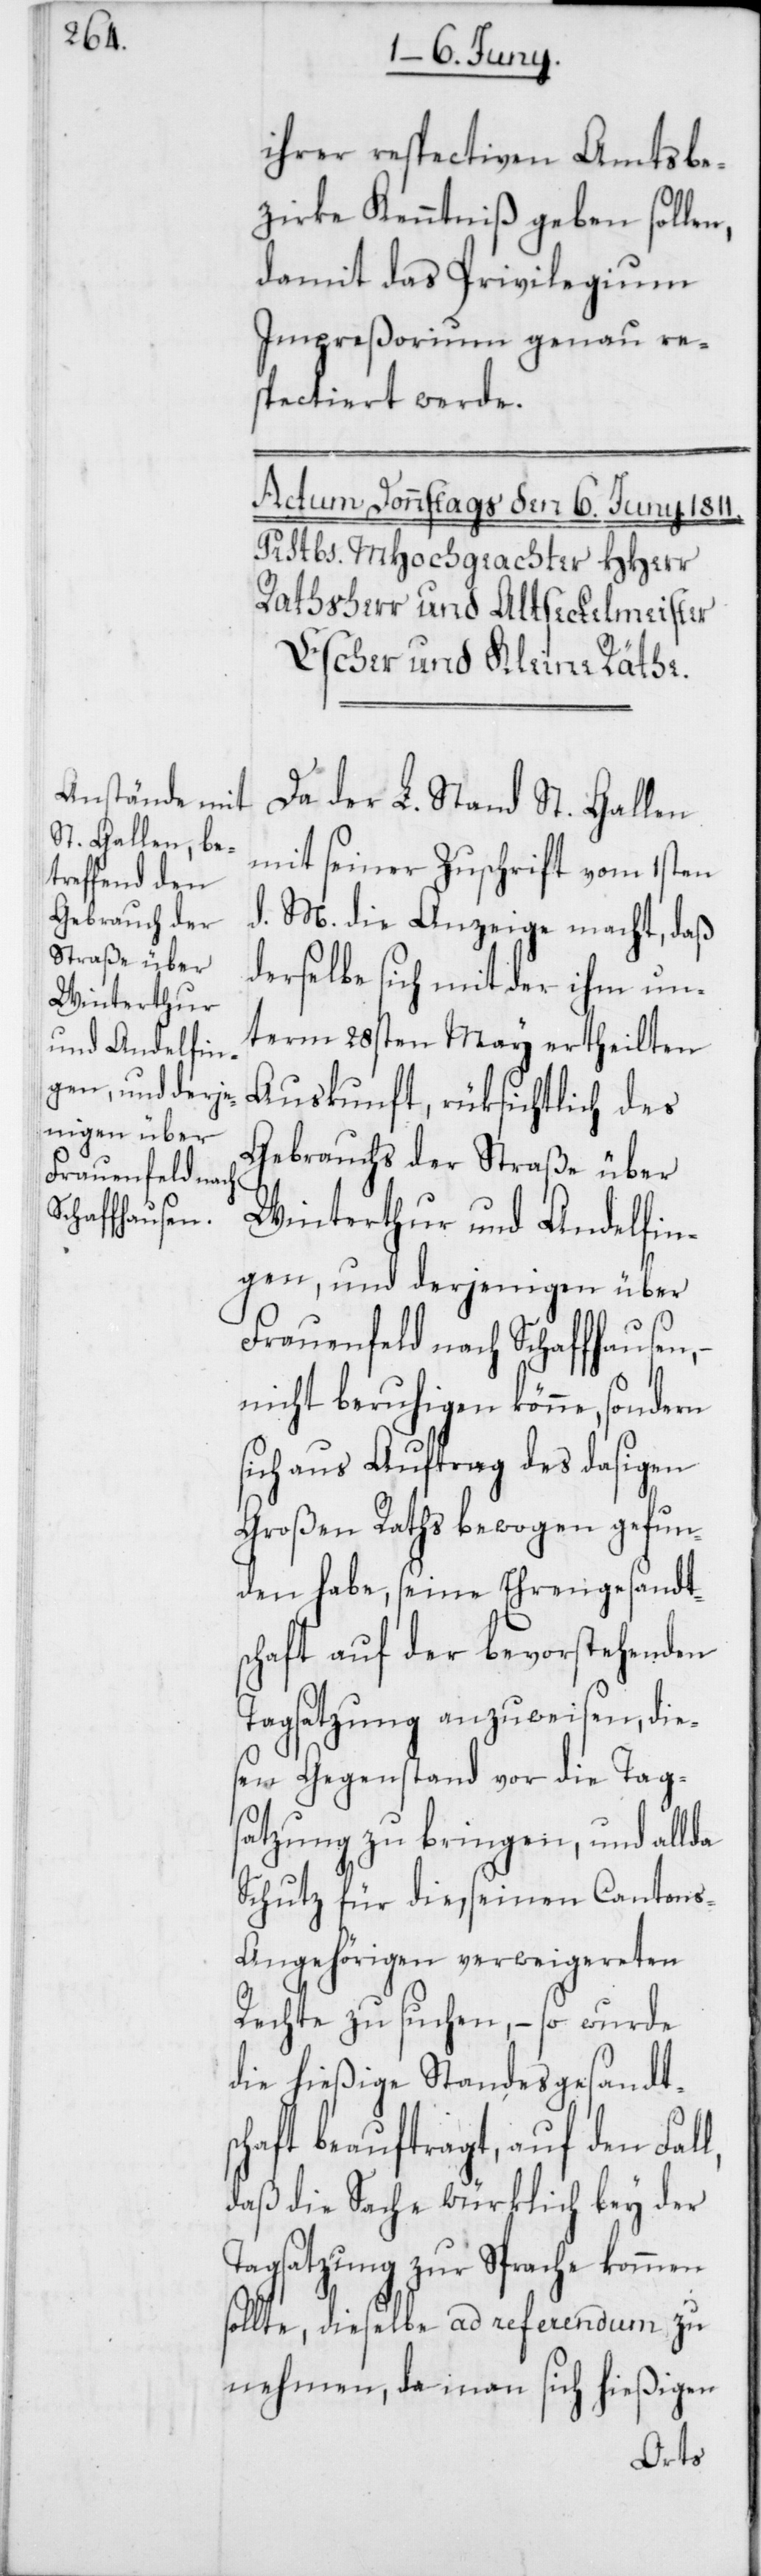
l,

ihrer respectiven Amtsbe¬
zirke Kenntniß geben sollen,
damit das Privilegium
Impreßorium genau re¬
spectiert werde.
Da der L. Stand St. Gallen
mit seiner Zuschrift vom 1sten
d. M. die Anzeige macht, daß
derselbe sich mit der ihm un¬
term 28sten May ertheilten
Auskunft, rüksichtlich des
Gebrauchs der Straße über
Winterthur und Andelfin¬
gen, und derjenigen über
Frauenfeld nach Schaffhausen,
nicht beruhigen könne, sondern
sich aus Auftrag des dasigen
Großen Raths bewogen gefun¬
den habe, seine Ehrengesandts¬
chaft auf der bevorstehenden
Tagsatzung anzuweisen, die¬
sen Gegenstand vor die Tags¬
atzung zu bringen, und allda
Schutz für die, seinen Canton¬
s-Angehörigen verweigereten
Rechte zu suchen, – so wurde
die hießige Standesgesandts¬
chaft beauftragt, auf den Fal¬
daß die Sache würklich bey der
Tagsatzung zur Sprache kommen
sollte, dieselbe ad referendum zu
nehmen, da man sich hießigen